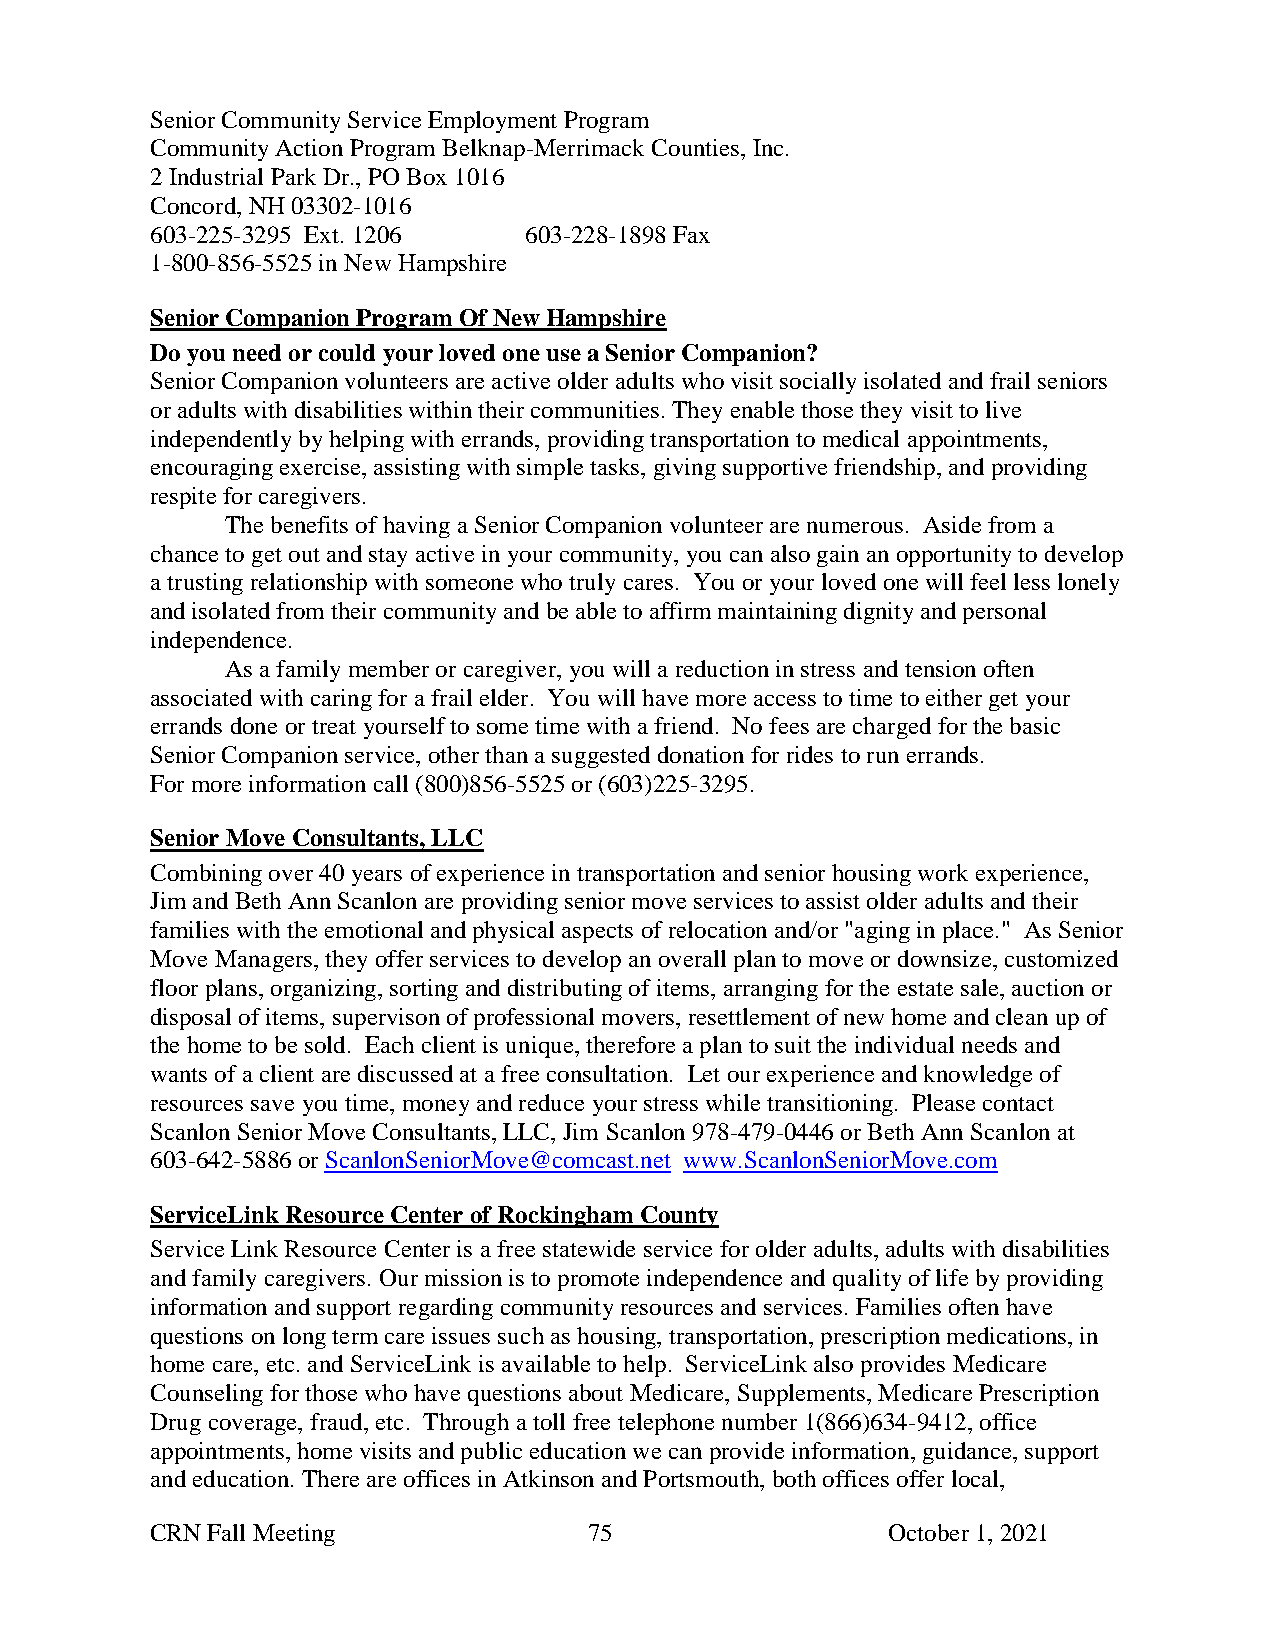
Senior Community Service Employment Program
 Community Action Program Belknap-Merrimack Counties, Inc.
 2 Industrial Park Dr., PO Box 1016
 Concord, NH 03302-1016
 603-225-3295 Ext. 1206   603-228-1898 Fax
 1-800-856-5525 in New Hampshire
 Senior Companion Program Of New Hampshire
 Do you need or could your loved one use a Senior Companion?
 Senior Companion volunteers are active older adults who visit socially isolated and frail seniors
 or adults with disabilities within their communities. They enable those they visit to live
 independently by helping with errands, providing transportation to medical appointments,
 encouraging exercise, assisting with simple tasks, giving supportive friendship, and providing
 respite for caregivers.
 The benefits of having a Senior Companion volunteer are numerous. Aside from a
 chance to get out and stay active in your community, you can also gain an opportunity to develop
 a trusting relationship with someone who truly cares. You or your loved one will feel less lonely
 and isolated from their community and be able to affirm maintaining dignity and personal
 independence.
 As a family member or caregiver, you will a reduction in stress and tension often
 associated with caring for a frail elder. You will have more access to time to either get your
 errands done or treat yourself to some time with a friend. No fees are charged for the basic
 Senior Companion service, other than a suggested donation for rides to run errands.
 For more information call (800)856-5525 or (603)225-3295.
 Senior Move Consultants, LLC
 Combining over 40 years of experience in transportation and senior housing work experience,
 Jim and Beth Ann Scanlon are providing senior move services to assist older adults and their
 families with the emotional and physical aspects of relocation and/or "aging in place." As Senior
 Move Managers, they offer services to develop an overall plan to move or downsize, customized
 floor plans, organizing, sorting and distributing of items, arranging for the estate sale, auction or
 disposal of items, supervison of professional movers, resettlement of new home and clean up of
 the home to be sold. Each client is unique, therefore a plan to suit the individual needs and
 wants of a client are discussed at a free consultation. Let our experience and knowledge of
 resources save you time, money and reduce your stress while transitioning. Please contact
 Scanlon Senior Move Consultants, LLC, Jim Scanlon 978-479-0446 or Beth Ann Scanlon at
 603-642-5886 or ScanlonSeniorMove@comcast.net www.ScanlonSeniorMove.com
 ServiceLink Resource Center of Rockingham County
 Service Link Resource Center is a free statewide service for older adults, adults with disabilities
 and family caregivers. Our mission is to promote independence and quality of life by providing
 information and support regarding community resources and services. Families often have
 questions on long term care issues such as housing, transportation, prescription medications, in
 home care, etc. and ServiceLink is available to help. ServiceLink also provides Medicare
 Counseling for those who have questions about Medicare, Supplements, Medicare Prescription
 Drug coverage, fraud, etc. Through a toll free telephone number 1(866)634-9412, office
 appointments, home visits and public education we can provide information, guidance, support
 and education. There are offices in Atkinson and Portsmouth, both offices offer local,
 CRN Fall Meeting             75                  October 1, 2021